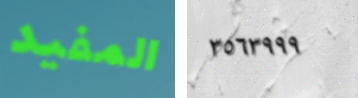
المفيد ٣٥٦٣٩٩٩